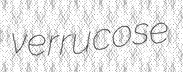
verrucose